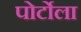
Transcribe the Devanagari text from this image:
पोर्टोला